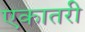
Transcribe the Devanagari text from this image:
एकातरी